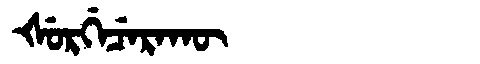
Manchu: ᡧᡠᡵᡤᡝᠴᡝᡵᠠᡴᡡ
Romanization: ŠURGECERAKŪ